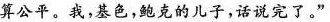
算公平。我，基色，鲍克的儿子，话说完了。”